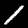
Digit: 1